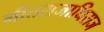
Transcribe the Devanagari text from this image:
गीतराजाधिराज